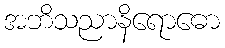
အဘိသညာနိရောဓော